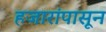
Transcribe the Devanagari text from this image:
हजारांपासून